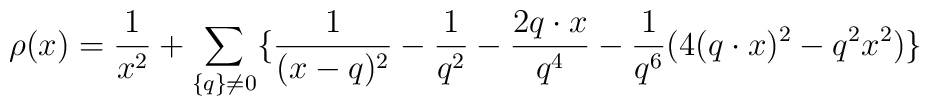
\rho (x) = \frac{1}{x^{2}} +\sum_{\{ q \} \neq 0} \{\frac{1}{(x-q)^{2}} -\frac{1}{q^{2}} -\frac{2 q \cdot x}{q^{4}} -\frac{1}{q^{6}} (4(q \cdot x)^{2} - q^{2} x^{2}) \}